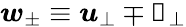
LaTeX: \boldsymbol{w}_{\pm}\equiv\boldsymbol{u}_{\perp}\mp\boldsymbol{\mathscr{B}}_{\perp}